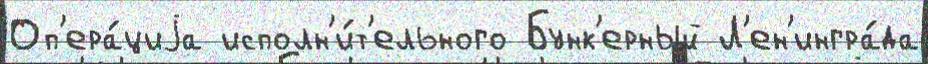
Оп'ера́циjа исполн'и́т'ельного Бунк'ерный Л'ен'ингра́да